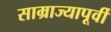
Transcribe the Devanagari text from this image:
साम्राज्यापूर्वी